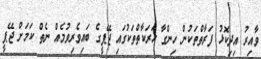
ވާއިރު އިދިކޮޅު ފަރާތްތަކުން ހިންގާ ހަރަކާތްތަކުގައި ޖޭޕީގެ ބައިވެރިވުމެއް ނެތް ކަމަށް ޖޭޕީ